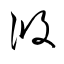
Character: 攸